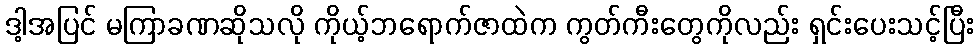
ဒါ့အပြင် မကြာခဏဆိုသလို ကိုယ့်ဘရောက်ဇာထဲက ကွတ်ကီးတွေကိုလည်း ရှင်းပေးသင့်ပြီး